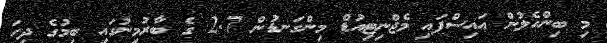
މި ބިންހެލުން އައިސްފައި މެޖްނިޓިއުޑް މިންގަނޑުން 2.7 ގެ ބާރުމިނުގައި ބިމުގެ ދިހަ